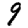
Digit: 9